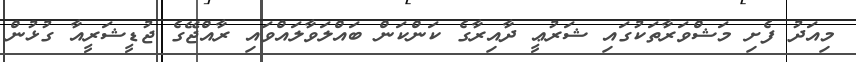
މިއަދު ފެށި މަޝްވަރާތަކުގައި ޝަރުޢީ ދާއިރާގެ ކަންކަން ބައްލަވާލައްވައި ރާއްޖޭގެ ޖުޑީޝަރީއާ ގުޅުން